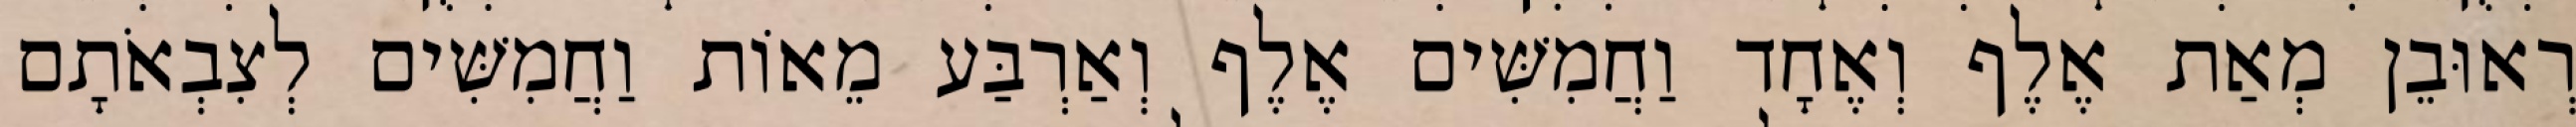
רְאוּבֵן מְאַת אֶלֶף וְאֶחָד וַחֲמִשִּׁים אֶלֶף וְאַרְבַּע מֵאוֹת וַחֲמִשִּׁים לְצִבְאֹתָם